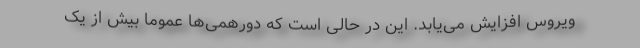
ویروس افزایش می‌یابد. این در حالی است که دورهمی‌ها عموما بیش از یک